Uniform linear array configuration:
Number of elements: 4
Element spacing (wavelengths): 1
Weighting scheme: cosine
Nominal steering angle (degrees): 0
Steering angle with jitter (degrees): -0.1834
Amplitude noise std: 0.05
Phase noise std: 0.05

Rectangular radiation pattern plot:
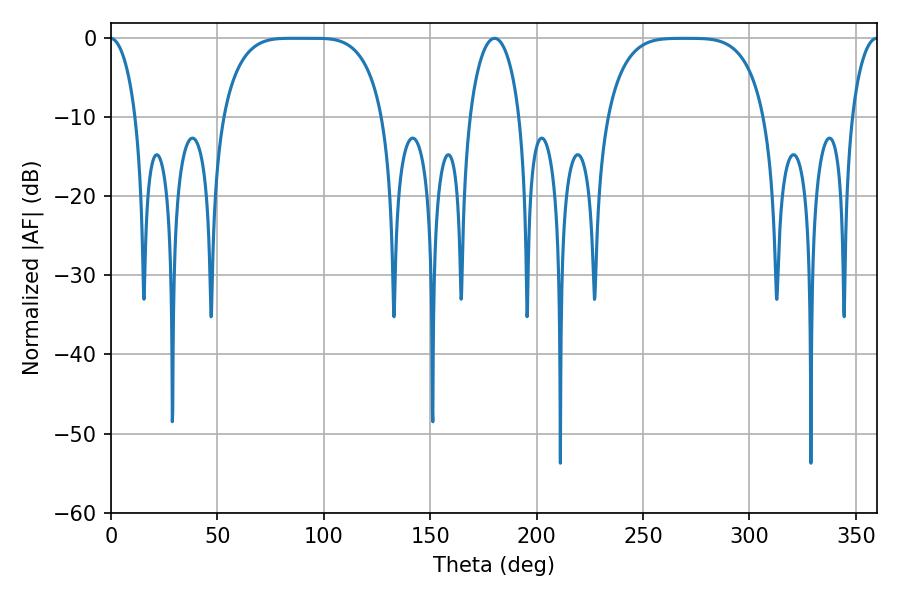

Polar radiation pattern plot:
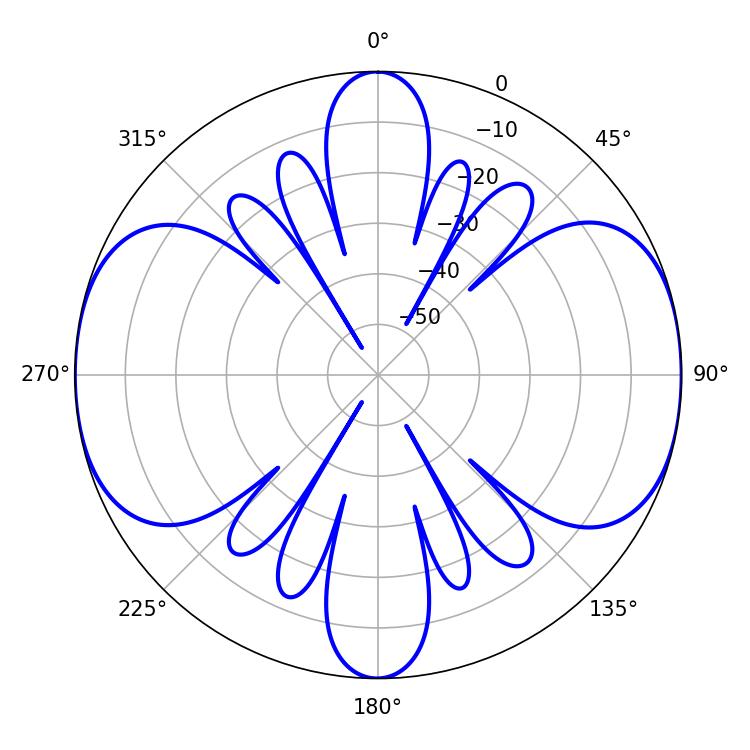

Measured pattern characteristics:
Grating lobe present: TRUE
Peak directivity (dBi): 17.764
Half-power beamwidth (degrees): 57.24
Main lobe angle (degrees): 84.6